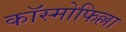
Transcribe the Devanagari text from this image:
कॉस्मोफिल्ला